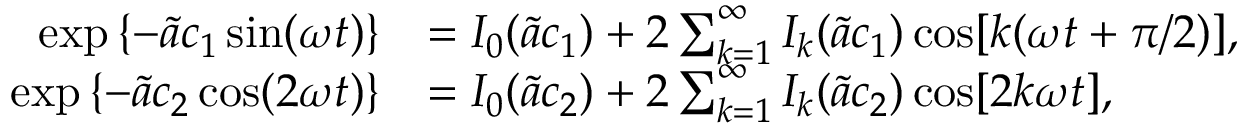
\begin{array} { r l } { \exp \left\{ - \tilde { a } c _ { 1 } \sin ( \omega t ) \right\} } & { = I _ { 0 } ( \tilde { a } c _ { 1 } ) + 2 \sum _ { k = 1 } ^ { \infty } I _ { k } ( \tilde { a } c _ { 1 } ) \cos [ k ( \omega t + \pi / 2 ) ] , } \\ { \exp \left\{ - \tilde { a } c _ { 2 } \cos ( 2 \omega t ) \right\} } & { = I _ { 0 } ( \tilde { a } c _ { 2 } ) + 2 \sum _ { k = 1 } ^ { \infty } I _ { k } ( \tilde { a } c _ { 2 } ) \cos [ 2 k \omega t ] , } \end{array}